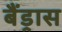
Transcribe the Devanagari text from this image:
बैंड्रास